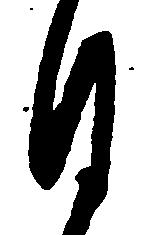
月